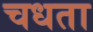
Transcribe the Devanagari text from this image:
चधता